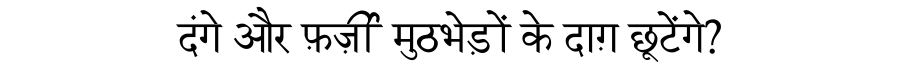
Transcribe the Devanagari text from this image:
दंगे और फ़र्ज़ी मुठभेड़ों के दाग़ छूटेंगे?